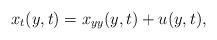
LaTeX: \begin{align*}{x_t}(y,t) = {x_{yy}}(y,t) + u(y,t),\end{align*}